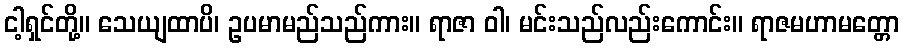
ငါ့ရှင်တို့။ သေယျထာပိ၊ ဥပမာမည်သည်ကား။ ရာဇာ ဝါ၊ မင်းသည်လည်းကောင်း။ ရာဇမဟာမတ္တော